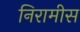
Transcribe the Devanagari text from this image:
निरामीस